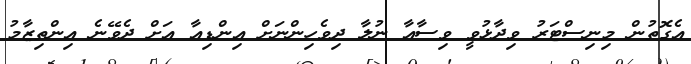
އެގޮތުން މިނިސްޓަރު ވިދާޅުވީ ވިސާއާ ނުލާ ދިވެހިންނަށް އިންޑިއާ އަށް ދެވޭނެ އިންތިޒާމު